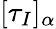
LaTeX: [\tau_{I}]_{\alpha}